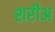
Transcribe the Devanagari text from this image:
शरीअ